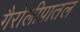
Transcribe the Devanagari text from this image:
गैरोलीपातल